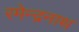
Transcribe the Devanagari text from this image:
रमेन्द्रनाथ